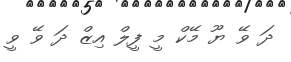
ދަ ވޭ ޔޫ މޭކް މީ ފީލް އިޒް ދަ ވޭ ވީ